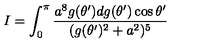
I = \int _ { 0 } ^ { \pi } { \frac { a ^ { 8 } g ( \theta ^ { \prime } ) d g ( \theta ^ { \prime } ) \cos \theta ^ { \prime } } { ( g ( \theta ^ { \prime } ) ^ { 2 } + a ^ { 2 } ) ^ { 5 } } }